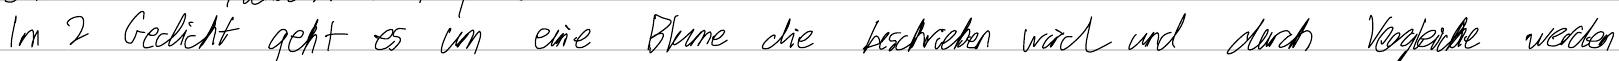
Im 2 Gedicht geht es um eine Blume die beschrieben wird und durch Vergleiche werden